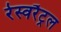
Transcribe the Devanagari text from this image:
रेस्वरैट्रल